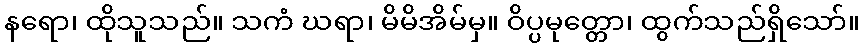
နရော၊ ထိုသူသည်။ သကံ ဃရာ၊ မိမိအိမ်မှ။ ဝိပ္ပမုတ္တော၊ ထွက်သည်ရှိသော်။